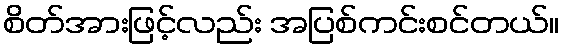
စိတ်အားဖြင့်လည်း အပြစ်ကင်းစင်တယ်။